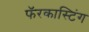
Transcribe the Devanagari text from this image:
फॅरकास्टिंग